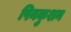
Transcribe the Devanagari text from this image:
पिनकुशन